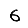
Digit: 6